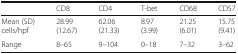
<table><thead><tr><td></td><td><b>CD8</b></td><td><b>CD4</b></td><td><b>T-bet</b></td><td><b>CD68</b></td><td><b>CD57</b></td></tr></thead><tbody><tr><td>Mean (SD) cells/hpf</td><td>28.99(12.67)</td><td>62.06(21.33)</td><td>8.97(3.99)</td><td>21.25(6.01)</td><td>15.75(9.41)</td></tr><tr><td>Range</td><td>8–65</td><td>9–104</td><td>0–18</td><td>7–32</td><td>3–62</td></tr></tbody></table>